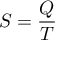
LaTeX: S = { \frac { Q } { T } }